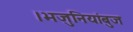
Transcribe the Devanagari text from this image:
।भजुनियांबुज